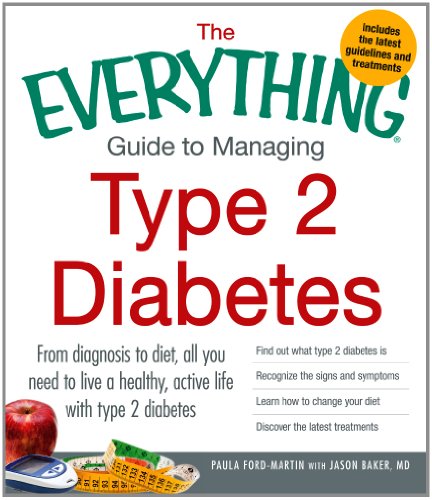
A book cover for The Everything Guide to Managing Type 2 Diabetes: From Diagnosis to Diet, All You Need to Live a Healthy, Active Life with Type 2 Diabetes - Find Out ... Your Diet and Discover the Latest Treatments; Paula Ford-Martin; Health, Fitness & Dieting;